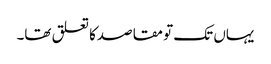
یہاں تک تو مقاصدکا تعلق تھا۔